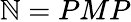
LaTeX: \mathbb{N}=PMP